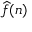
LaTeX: { \widehat { f } } ( n )